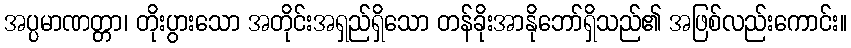
အပ္ပမာဏတ္တာ၊ တိုးပွားသော အတိုင်းအရှည်ရှိသော တန်ခိုးအာနိုဘော်ရှိသည်၏ အဖြစ်လည်းကောင်း။